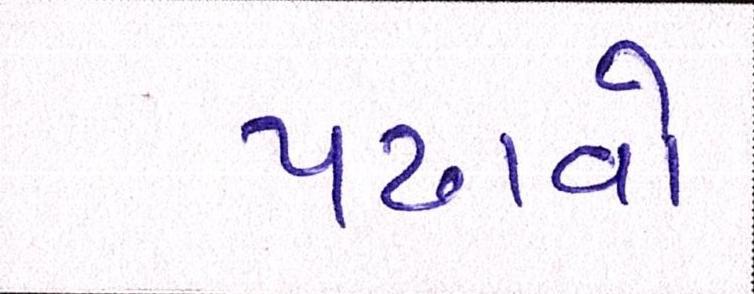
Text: પઢાવો